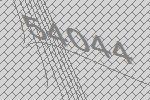
54044